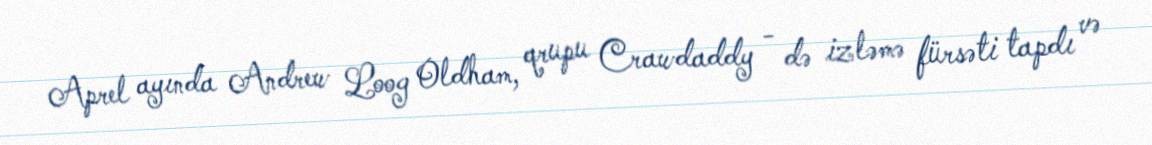
Aprel ayında Andrew Loog Oldham, qrupu Crawdaddy - də izləmə fürsəti tapdı və